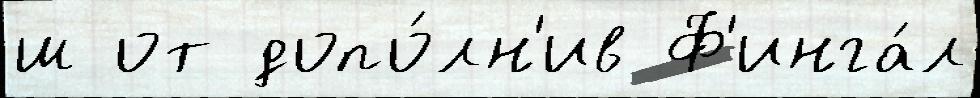
ш от допо́лн'ив Ф'инга́л